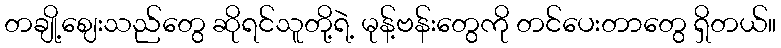
တချို့ဈေးသည်တွေ ဆိုရင်သူတို့ရဲ့ မုန့်ဗန်းတွေကို တင်ပေးတာတွေ ရှိတယ်။